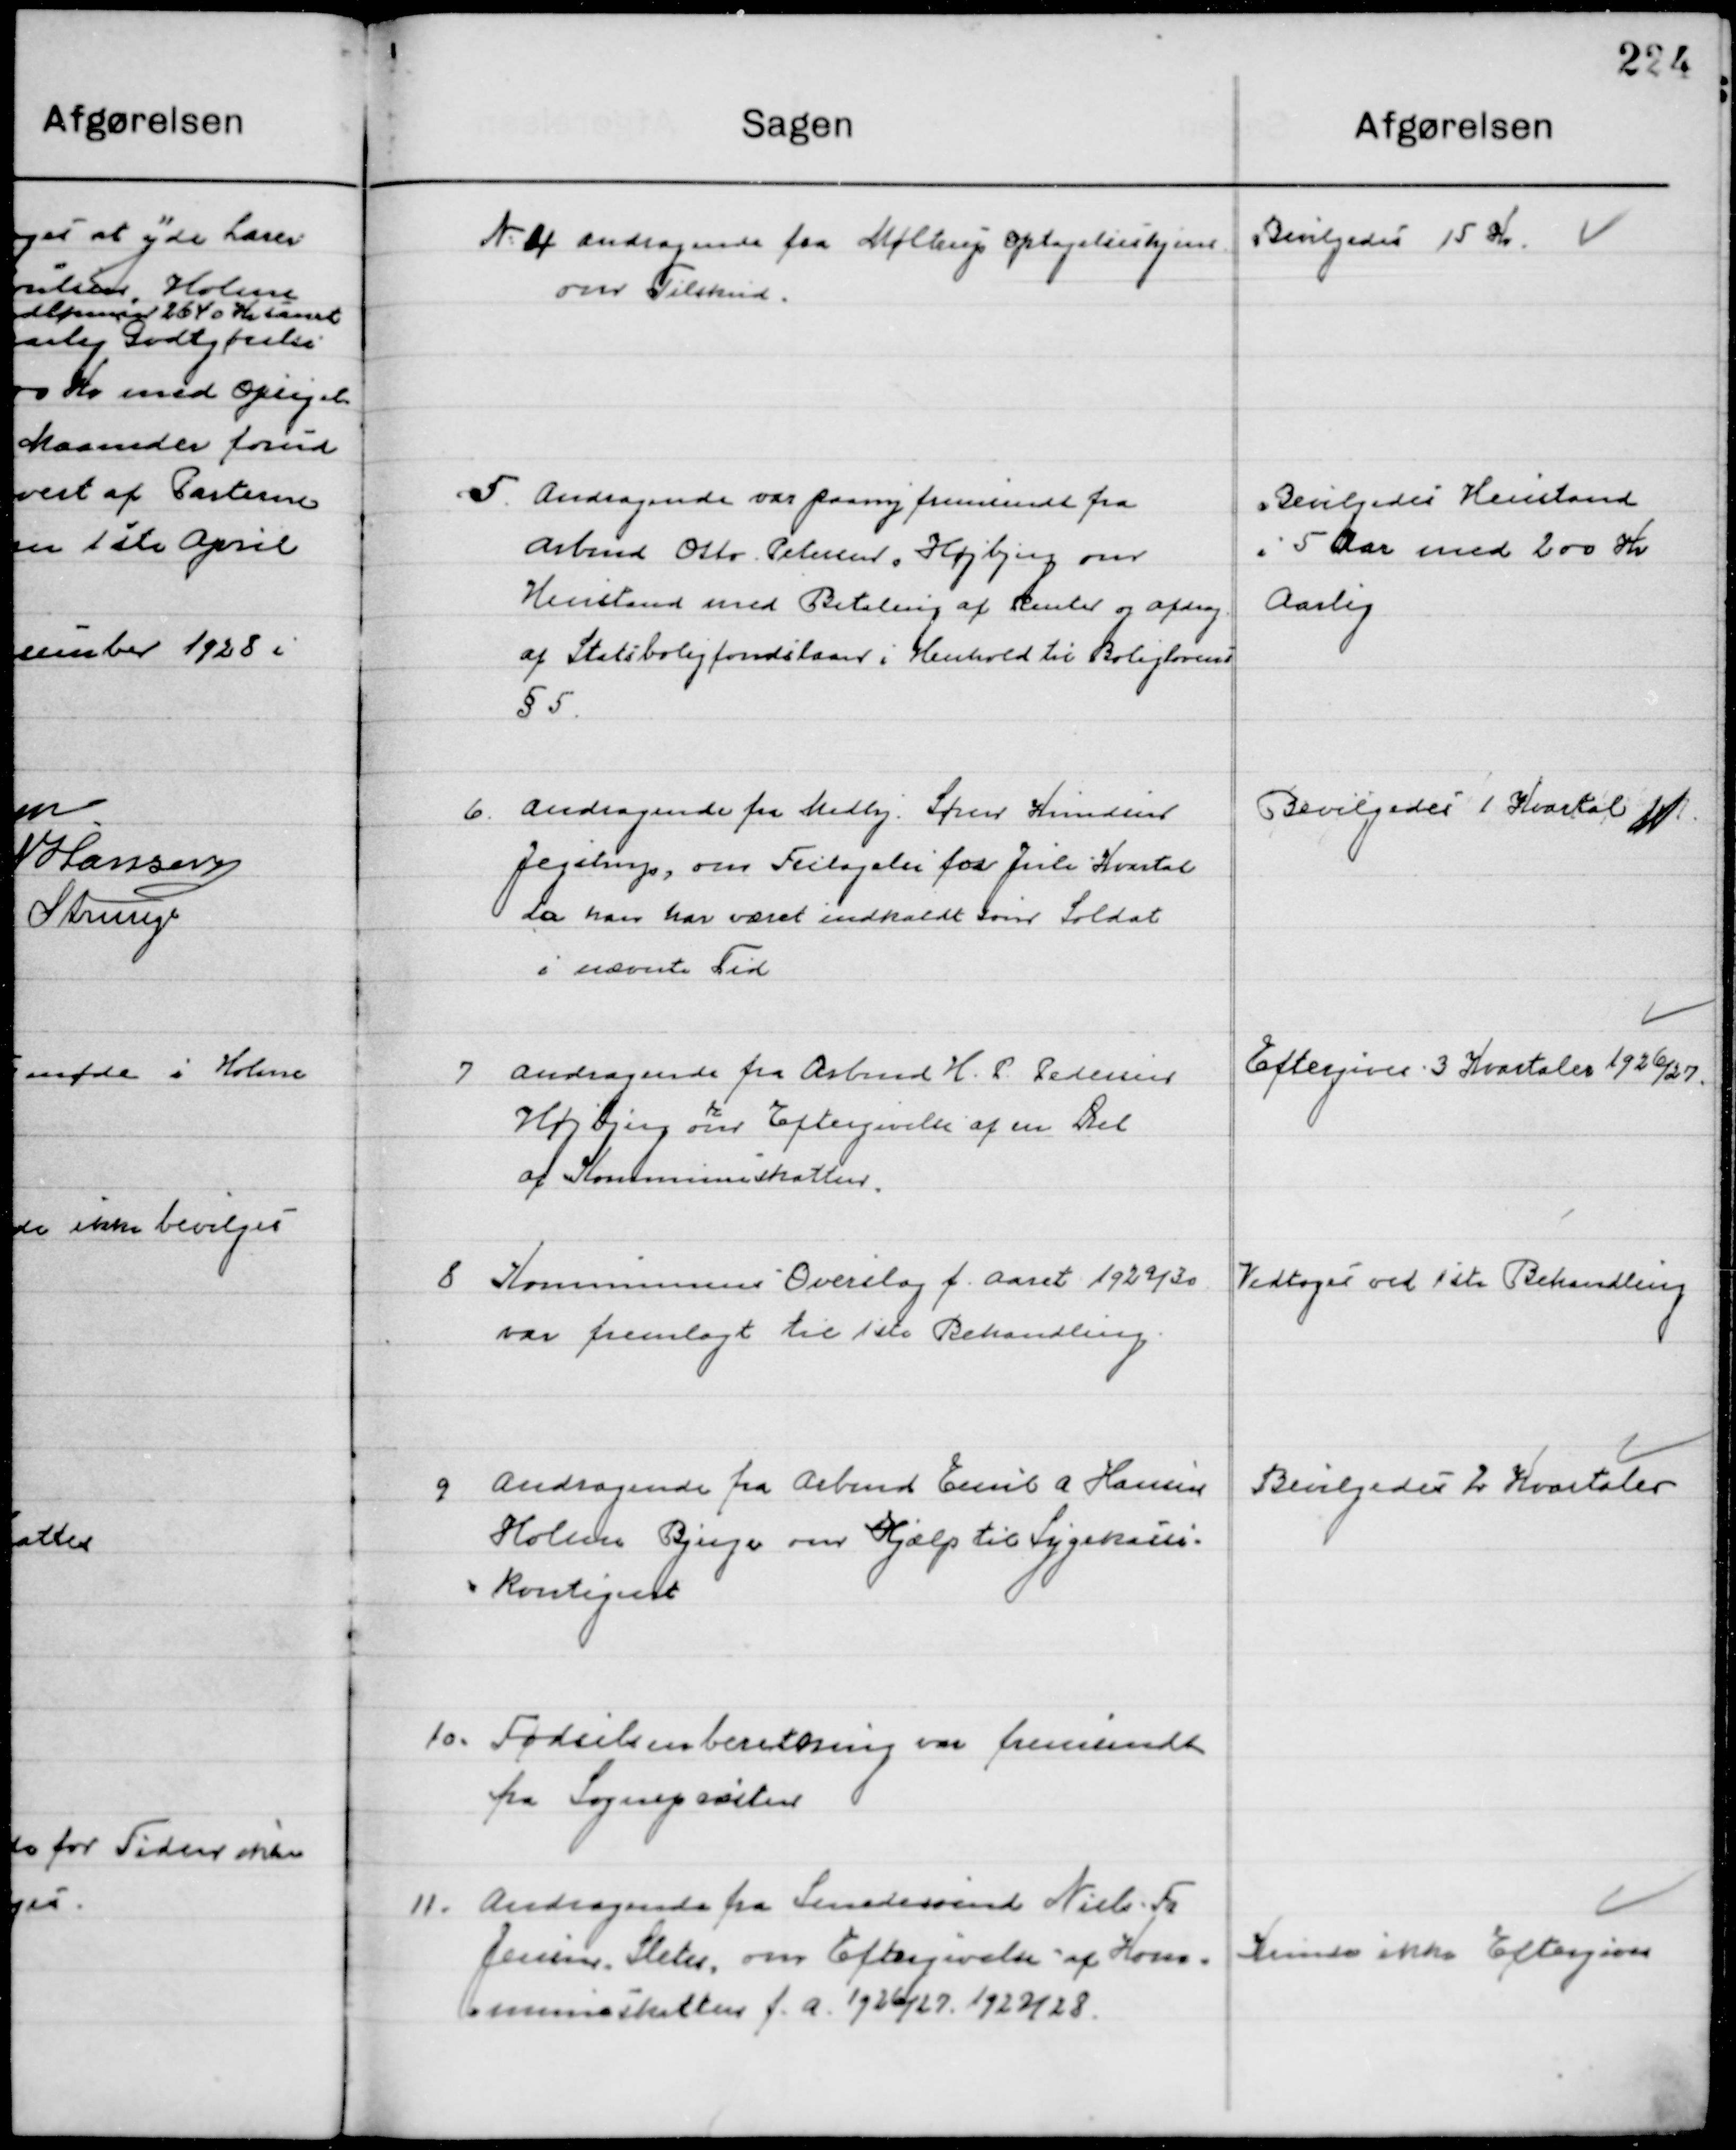
Transskription:
4

Andragende fra Møllerup Optagendeshjem
om

Tilskud Bevilgedes 15 Kr.

5

Andragende var paany fremsendt fra 
Arbmd. Otto Pedersen, Højbjerg om 
Henstand med Betaling af Renter og afdrag
af Statsboligfondslaan i Henhold til Boliglovens 
§ 5.

Bevilgedes Henstand
i 5 Aar med 200 Kr. 
Aarlig

6

Andragende fra Medhj. Søren Knudsen
Jegstrup, om Fritagelse for Juli Kvartal
da han har været indkaldt som Soldat 
i nævnte Tid.

Bevilgedes 1 Kvartal

7

Andragende fra Arbmd. H. P. Pedersen
Højberg, om Eftergivelse af en Del 
af Kommuneskatten.

Eftergives 3 Kvartaler 1926 / 27

8

Kommunens Overslag f. Aaret 1929 / 30
var fremlagt til 1ste Behandling.

Vedtoges ved 1ste Behandling

9

Andragende fra Arbmd. Emil A. Hansen
Holme Bjerge om Hjælp til Sygekasse-
kontingent.

Bevilgedes 2 Kvartaler

10

Fødselsberetning var fremendt
fra Sognepræsten.

11

Andragende fra Smedesvend Niels Fr.
Jensen, Sleth om Eftergivelse af Kom-
muneskatten f. a. 1926/27. 1927/28.

Kunde ikke Eftergives